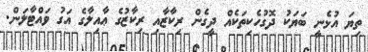
ތިޔަ އުޅެނީ ބަޔަކު ދޮގުހެކިތަކެއް ދީގެން ރިކާޒާއި ރިކާޒުގެ ޢާއިލާގެ އަގު ވައްޓާލަން.